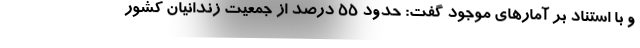
و با استناد بر آمارهای موجود گفت: حدود ۵۵ درصد از جمعیت زندانیان کشور